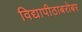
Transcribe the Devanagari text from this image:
विद्यापीठाबरोबर